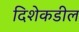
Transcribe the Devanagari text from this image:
दिशेकडील